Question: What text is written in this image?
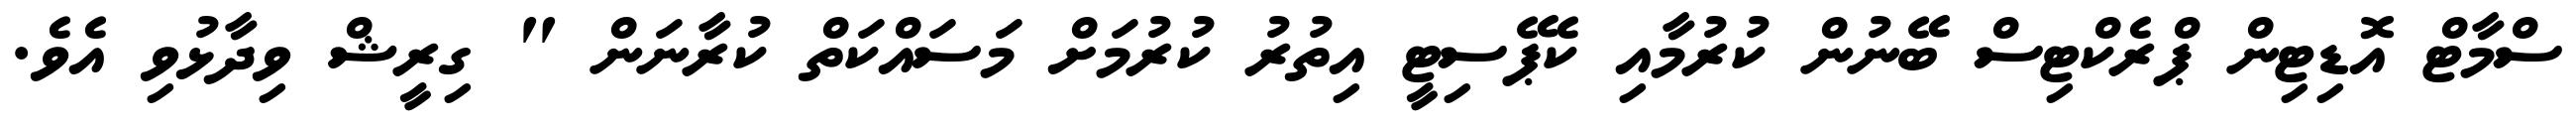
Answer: ސްމާޓް އޮޑިޓިން ޕްރެކްޓިސް ބޭނުން ކުރުމާއި ކެޕޭސިޓީ އިތުރު ކުރުމަށް މަސައްކަތް ކުރާނަން " ގިރީޝް ވިދާޅުވި އެވެ.